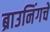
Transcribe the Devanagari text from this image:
ब्राउनिंगचे